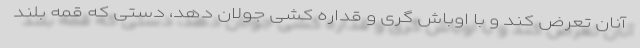
آنان تعرض کند و با اوباش گری و قداره کشی جولان دهد، دستی که قمه بلند